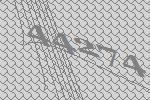
44274